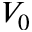
V _ { 0 }